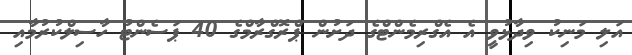
އަލި މަނިކު ވިދާޅުވީ އެ އެގްރިމެންޓްގެ ދަށުން ޕްރޮގްރާމްގެ 40 ޕަސެންޓު ހާސިލްކުރުމާއި